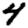
Digit: 4